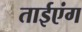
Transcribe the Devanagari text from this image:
ताईएंग